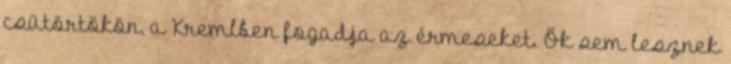
csütörtökön, a Kremlben fogadja az érmeseket. Ők sem lesznek